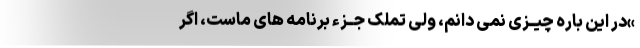
»در این باره چیــزی نمی دانم، ولی تملک جــزء برنامه های ماست، اگر